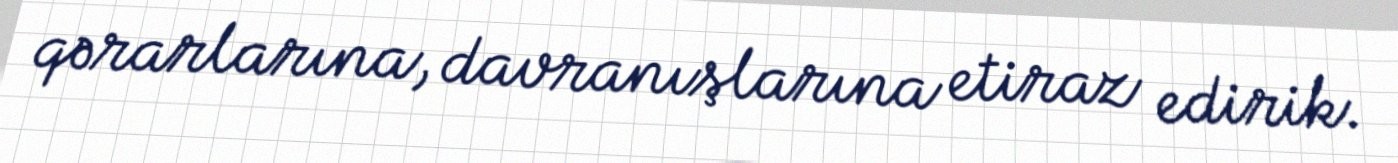
qərarlarına, davranışlarına etiraz edirik.